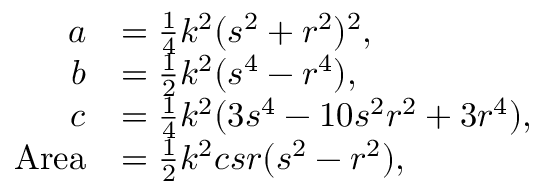
{ \begin{array} { r l } { a } & { = { \frac { 1 } { 4 } } k ^ { 2 } ( s ^ { 2 } + r ^ { 2 } ) ^ { 2 } , } \\ { b } & { = { \frac { 1 } { 2 } } k ^ { 2 } ( s ^ { 4 } - r ^ { 4 } ) , } \\ { c } & { = { \frac { 1 } { 4 } } k ^ { 2 } ( 3 s ^ { 4 } - 1 0 s ^ { 2 } r ^ { 2 } + 3 r ^ { 4 } ) , } \\ { { \mathrm { A r e a } } } & { = { \frac { 1 } { 2 } } k ^ { 2 } c s r ( s ^ { 2 } - r ^ { 2 } ) , } \end{array} }